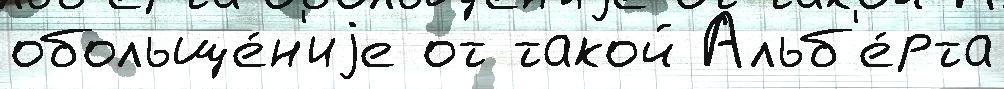
обольще́н'иjе от такой Альб'е́рта